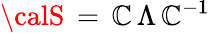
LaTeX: {\calS}\, =\, {\cal\mathbb{C}}\, \Lambda\, {\cal\mathbb{C}}^{-1}